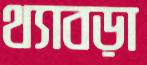
থ্যাবড়া